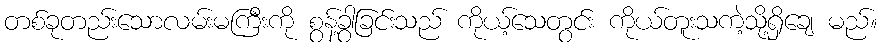
တစ်ခုတည်းသောလမ်းမကြီးကို စွန့်ခွာခြင်းသည် ကိုယ့်သေတွင်း ကိုယ်တူးသကဲ့သို့ရှိချေ မည်။